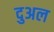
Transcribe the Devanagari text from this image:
दुअल